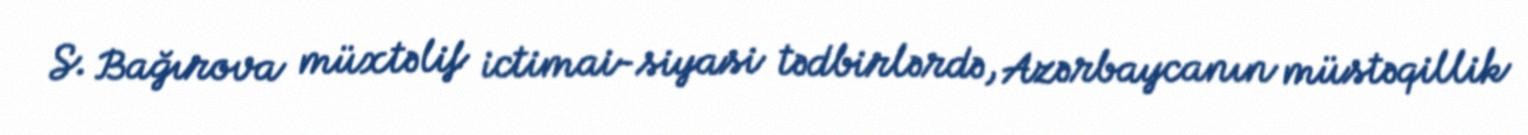
S. Bağırova müxtəlif ictimai-siyasi tədbirlərdə, Azərbaycanın müstəqillik